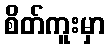
စိတ်ကူးမှာ